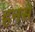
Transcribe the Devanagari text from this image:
हनसे